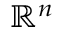
{ \mathbb { R } } ^ { n }